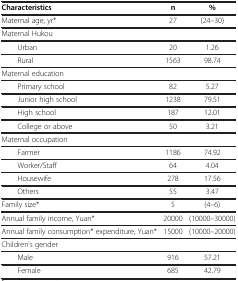
<table><thead><tr><td><b>Characteristics</b></td><td><b>n</b></td><td><b>%</b></td></tr></thead><tbody><tr><td>Maternal age, yr*</td><td>27</td><td>(24–30)</td></tr><tr><td>Maternal Hukou</td><td> </td><td> </td></tr><tr><td>Urban</td><td>20</td><td>1.26</td></tr><tr><td>Rural</td><td>1563</td><td>98.74</td></tr><tr><td>Maternal education</td><td> </td><td> </td></tr><tr><td>Primary school</td><td>82</td><td>5.27</td></tr><tr><td>Junior high school</td><td>1238</td><td>79.51</td></tr><tr><td>High school</td><td>187</td><td>12.01</td></tr><tr><td>College or above</td><td>50</td><td>3.21</td></tr><tr><td>Maternal occupation</td><td> </td><td> </td></tr><tr><td>Farmer</td><td>1186</td><td>74.92</td></tr><tr><td>Worker/Staff</td><td>64</td><td>4.04</td></tr><tr><td>Housewife</td><td>278</td><td>17.56</td></tr><tr><td>Others</td><td>55</td><td>3.47</td></tr><tr><td>Family size*</td><td>5</td><td>(4–6)</td></tr><tr><td>Annual family income, Yuan*</td><td>20000</td><td>(10000–30000)</td></tr><tr><td>Annual family consumption* expenditure, Yuan*</td><td>15000</td><td>(10000–20000)</td></tr><tr><td>Children’s gender</td><td> </td><td> </td></tr><tr><td>Male</td><td>916</td><td>57.21</td></tr><tr><td>Female</td><td>685</td><td>42.79</td></tr></tbody></table>